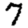
Digit: 7